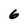
Character: 6